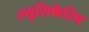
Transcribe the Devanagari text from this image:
ल्यूसिफेरिन